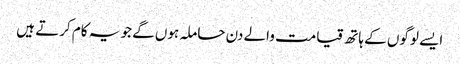
ایسے لوگوں کے ہاتھ قیامت والے دن حاملہ ہوں گے جو یہ کام کرتے ہیں